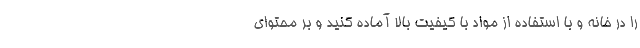
را در خانه و با استفاده از مواد با کیفیت بالا آماده کنید و بر محتوای